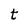
Character: t